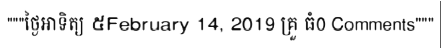
"""ថ្ងៃអាទិត្យ ៥February 14, 2019 គ្រួ ធំ0 Comments"""